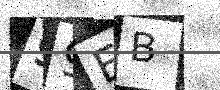
Text: 99EB